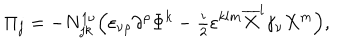
\Pi _ { j } = - N _ { j k } ^ { 1 \nu } \Bigl ( \varepsilon _ { \nu \rho } \partial ^ { \rho } \Phi ^ { k } - { \textstyle \frac i 2 } \varepsilon ^ { k l m } \overline { { { X } } } ^ { l } \gamma _ { \nu } X ^ { m } \Bigr ) ,